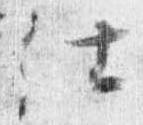
仕